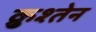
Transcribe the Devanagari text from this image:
क्रुश्तेन